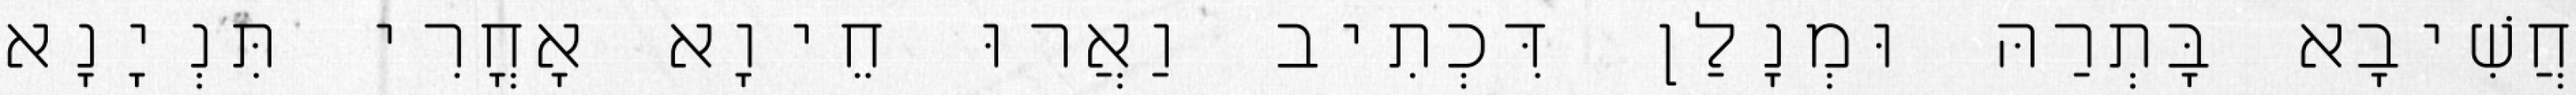
חֲשִׁיבָא בָּתְרַהּ וּמְנָלַן דִּכְתִיב וַאֲרוּ חֵיוָא אָחֳרִי תִּנְיָנָא